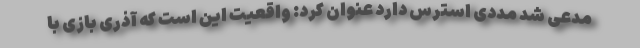
مدعی شد مددی استرس دارد عنوان کرد: واقعیت این است که آذری بازی با